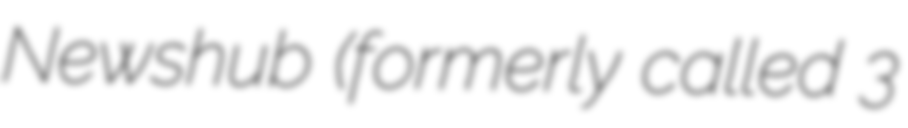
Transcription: Newshub (formerly called 3